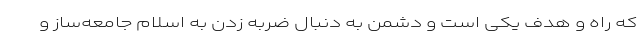
که راه و هدف یکی است و دشمن به دنبال ضربه زدن به اسلام جامعه‌ساز و